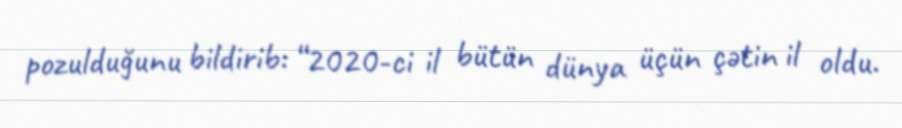
pozulduğunu bildirib: “2020-ci il bütün dünya üçün çətin il oldu.